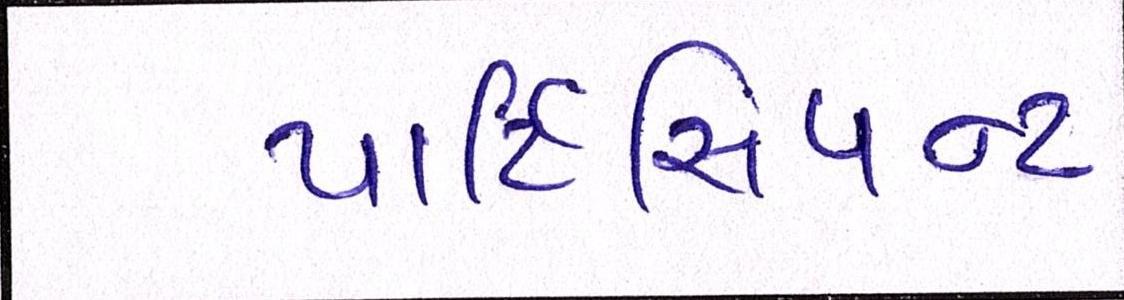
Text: પાર્ટિસિપન્ટ